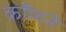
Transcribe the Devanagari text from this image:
कॉम्टने